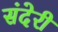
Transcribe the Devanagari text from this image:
संदेरी